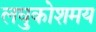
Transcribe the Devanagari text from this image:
लघुकोशमय